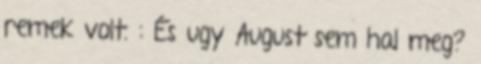
remek volt. : És ugy August sem hal meg?